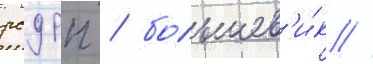
рсдрп / большев'и́к /